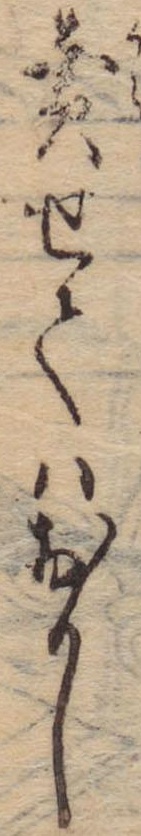
売せてはおかし